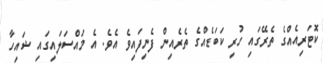
ކޮޓަރިއެއްގެ ތެރޭގައި ހުރި ކަބަޑެއްގެ ތެރެއިން ފެނިފައިވެ އެވެ. އެ މައްސަލައިގައި ޝައިހާ